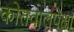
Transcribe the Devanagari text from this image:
कोतवालपेक्षा